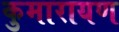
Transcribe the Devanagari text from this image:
कुमारायण